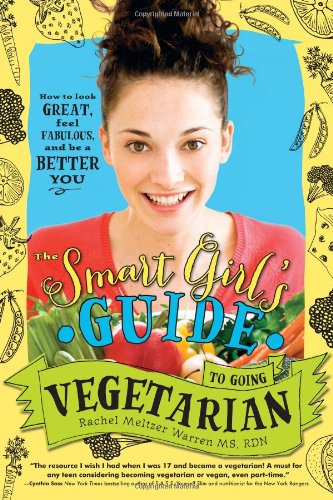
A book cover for The Smart Girl's Guide to Going Vegetarian: How to Look Great, Feel Fabulous, and Be a Better You; Rachel Meltzer Warren MS  RDN; Teen & Young Adult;